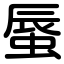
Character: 蜃